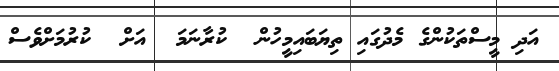
އަދި މީސްތަކުންގެ މެދުގައި ތިޔަބައިމީހުން  ކުރާނަމަ  އަށް  ކުރުމަށްވެސް